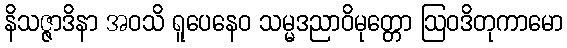
နိသဇ္ဇာဒိနာ အဝသိ ရူပေနေဝ သမ္မဒညာဝိမုတ္တော ဩဝဒိတုကာမော